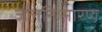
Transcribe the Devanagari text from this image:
जलनिःसारण